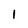
Character: l